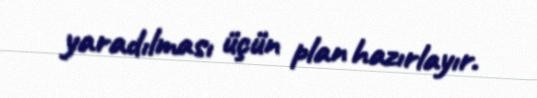
yaradılması üçün plan hazırlayır.